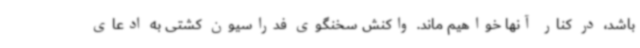
باشد، در کنار آنها خواهیم ماند. واکنش سخنگوی فدراسیون کشتی به ادعای